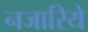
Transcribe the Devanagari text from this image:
नजारिये